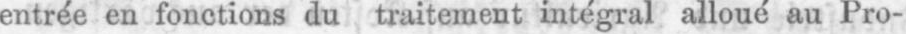
entrée en fonctions du traitement intégral alloué au Pro-